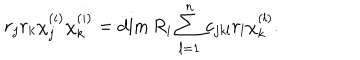
LaTeX: r _ { j } r _ { k } \chi _ { j } ^ { ( i ) } \chi _ { k } ^ { ( i ) } = \dim R _ { i } \sum _ { l = 1 } ^ { n } c _ { j k l } r _ { l } \chi _ { k } ^ { ( l ) } .